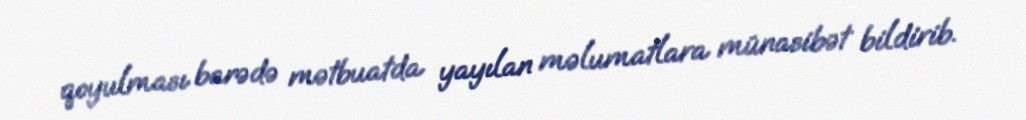
qoyulması barədə mətbuatda yayılan məlumatlara münasibət bildirib.